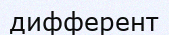
дифферент